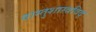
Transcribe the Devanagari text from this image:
वास्तुशास्त्रविद्